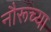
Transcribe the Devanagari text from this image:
नौरूच्या